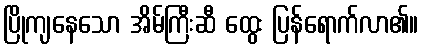
ပြိုကျနေသော အိမ်ကြီးဆီ ထွေး ပြန်ရောက်လာ၏။